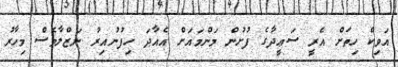
އަވިކް ހިތަށް އެރީ ސަޢީދާގެ ފުށުން މަންމައަށް އެއާދަ ހިފުނުއިރު ނަޒްލާވެސް މިހާރު